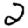
Digit: 2